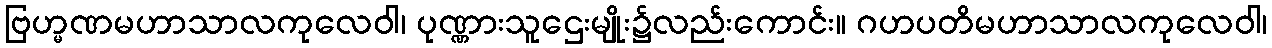
ဗြဟ္မဏမဟာသာလကုလေဝါ၊ ပုဏ္ဏားသူဌေးမျိုး၌လည်းကောင်း။ ဂဟပတိမဟာသာလကုလေဝါ၊